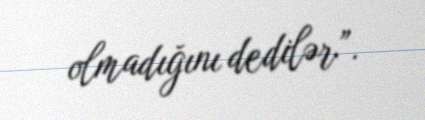
olmadığını dedilər”.